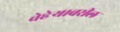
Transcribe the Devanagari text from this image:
चेहेर्‍यावरील